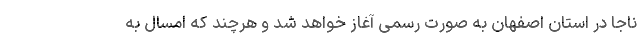
ناجا در استان اصفهان به صورت رسمی آغاز خواهد شد و هرچند که امسال به